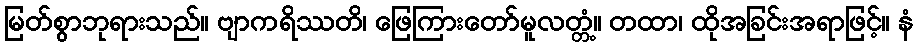
မြတ်စွာဘုရားသည်။ ဗျာကရိဿတိ၊ ဖြေကြားတော်မူလတ္တံ့။ တထာ၊ ထိုအခြင်းအရာဖြင့်။ နံ